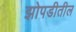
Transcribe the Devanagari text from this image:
झोपडीतील